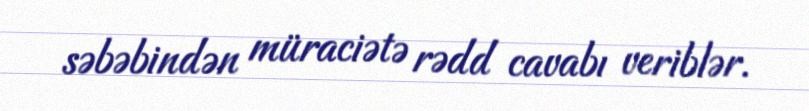
səbəbindən müraciətə rədd cavabı veriblər.